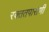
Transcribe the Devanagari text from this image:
रक्ततपासणी